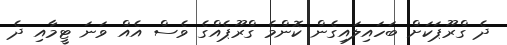
ދެ ގްރޫޕަކަށް ބަހައިލައިގެން ކޮންމެ ގްރޫޕެއްގެ ވެސް އެއް ވަނަ ޓީމާއި ދެ